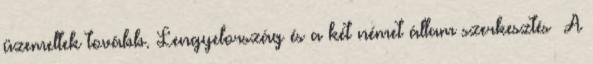
üzemeltek tovább. Lengyelország és a két német állam szerkesztés A